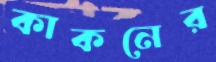
কাকনের